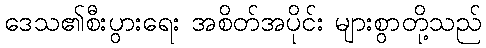
ဒေသ၏စီးပွားရေး အစိတ်အပိုင်း များစွာတို့သည်